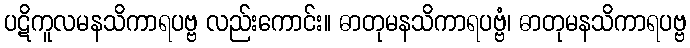
ပဋိကူလမနသိကာရပဗ္ဗ လည်းကောင်း။ ဓာတုမနသိကာရပဗ္ဗံ၊ ဓာတုမနသိကာရပဗ္ဗ